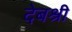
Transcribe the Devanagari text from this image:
देबश्री